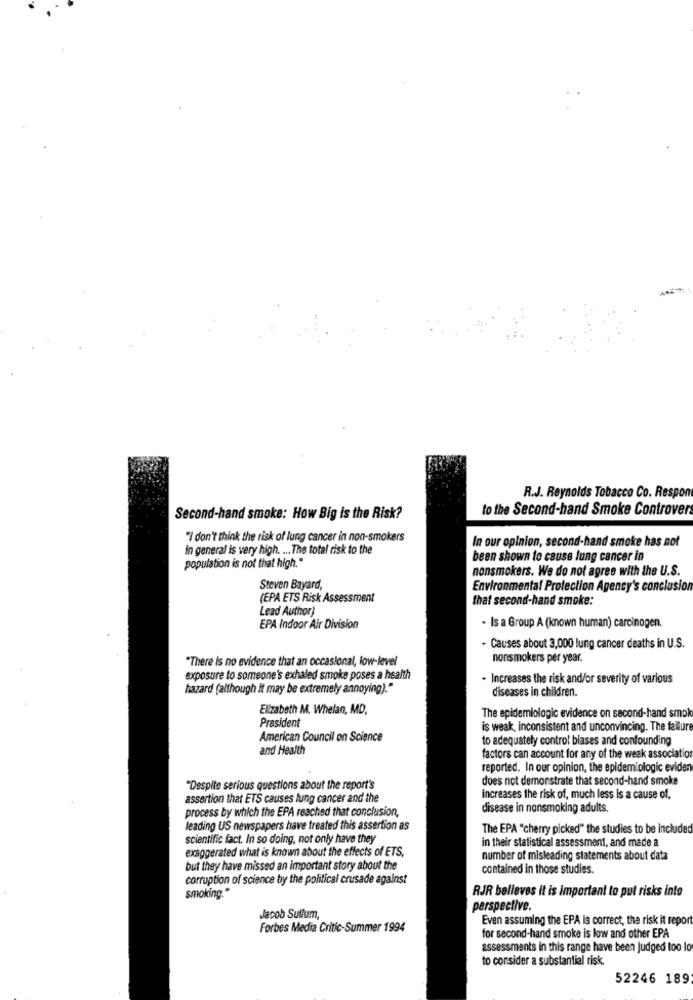
R.J. Reynolds Tobacco Co. Respon
to the Second-hand Smoke Controver
Second-hand smoke: How Big is the Risk?
" don't think the risk of lung cancer in non-smokers
In our opinion, second-hand smoke has not
in general is very high. ... The total risk to the
population is not that high."
been shown to cause lung cancer in
nonsmokers. We do not agree with the U.S.
Steven Bayard,
Environmental Protection Agency's conclusion
(EPA ETS Risk Assessment
that second-hand smoke:
Lead Author)
EPA Indoor Air Division
- Is a Group A (known human) carcinogen.
- Causes about 3,000 lung cancer deaths in U.S.
"There is no evidence that an occasional, low-level
nonsmokers per year.
exposure to someone's exhaled smoke poses a health
- Increases the risk and/or severity of various
hazard (although it may be extremely annoying)."
diseases in children.
Elizabeth M. Whelan, MD,
President
The epidemiologic evidence on second-hand smolo
is weak, inconsistent and unconvincing. The failure
American Council on Science
to adequately control biases and confounding
and Health
factors can account for any of the weak association
reported. In our opinion, the epidemiologic eviden
does not demonstrate that second-hand smoke
"Despite serious questions about the report's
assertion that ETS causes lung cancer and the
increases the risk of, much less is a cause of,
process by which the EPA reached that conclusion,
disease in nonsmoking adults.
leading US newspapers have treated this assertion as
The EPA "cherry picked" the studies to be included
scientific fact. In so doing, not only have they
in their statistical assessment, and made a
exaggerated what is known about the effects of ETS,
number of misleading statements about data
but they have missed an important story about the
contained in those studies.
corruption of science by the political crusade against
smoking."
RJR belleves it is important to put risks into
perspective.
Jacob Sulum,
Even assuming the EPA is correct, the risk it report
Forbes Media Critic-Summer 1994
for second-hand smoke is low and other EPA
assessments in this range have been Judged too lo
to consider a substantial risk.
52246 189